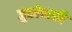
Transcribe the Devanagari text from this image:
जुकोवस्की